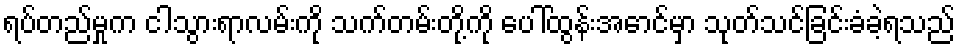
ရပ်တည်မှုက ငါသွားရာလမ်းကို သက်တမ်းတို့ကို ပေါ်ထွန်းအောင်မှာ သုတ်သင်ခြင်းခံခဲ့ရသည်